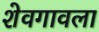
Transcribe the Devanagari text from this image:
शेवगावला